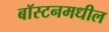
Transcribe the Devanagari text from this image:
बॉस्टनमधील